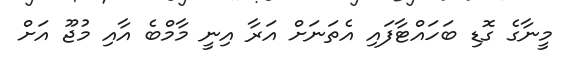
މީނާގެ ގޮޑި ބަހައްޓާފައި އެތަނަށް އަރާ އިނީ މާމްބެ އާއި މުޖޫ އަށް